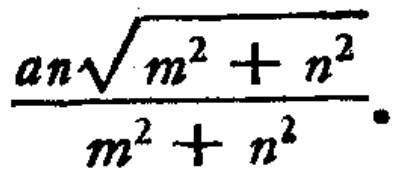
\frac{an\sqrt{m^{2}+n^{2}}}{m^{2}+n^{2}}